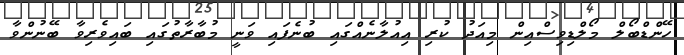
ހޭންޑްބޯލް މޯލްޑިވިސްއިން މިއަދު ކުރި އިއުލާނެއްގައި ބުނެފައި ވަނީ މުބާރާތުގައި ބައިވެރިވާ ބޭނުންވާ